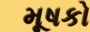
મૂષકો